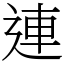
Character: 連